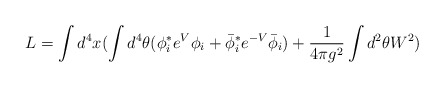
\begin{align*}L=\int d^4 x (\int d^4\theta (\phi_i^*e^V\phi_i+\bar\phi_i^*e^{-V}\bar\phi_i)+{1\over 4\pi g^2}\int d^2 \theta W^2)\end{align*}